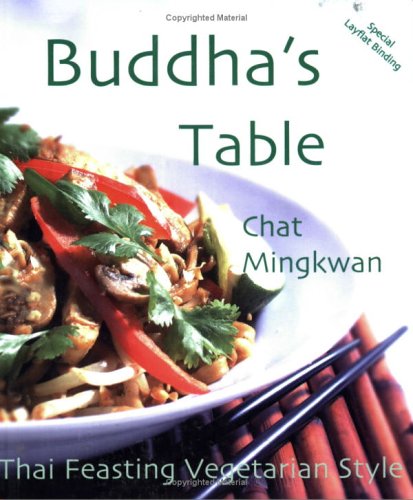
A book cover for Buddha's Table: Thai Feasting Vegetarian Style; Chat Mingkwan; Cookbooks, Food & Wine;